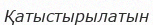
Қатыстырылатын